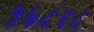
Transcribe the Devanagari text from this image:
१७८२८